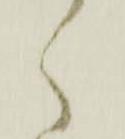
く